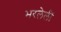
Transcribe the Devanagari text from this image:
भरलेलीं